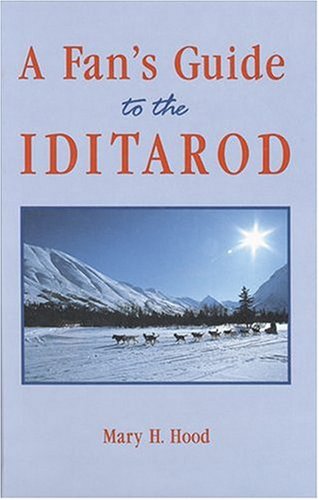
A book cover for Fan's Guide to the Iditarod; Mary H. Hood; Sports & Outdoors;